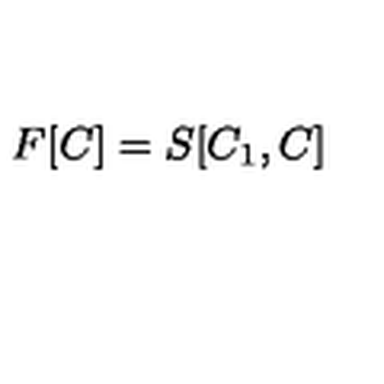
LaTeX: F [ C ] = S [ C _ { 1 } , C ]